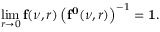
\operatorname * { l i m } _ { r \to 0 } { \bf f } ( \nu , r ) \left( { \bf f ^ { 0 } } ( \nu , r ) \right) ^ { - 1 } = { \bf 1 } .